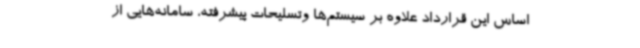
اساس این قرارداد علاوه بر سیستم‌ها وتسلیحات پیشرفته، سامانه‌هایی از